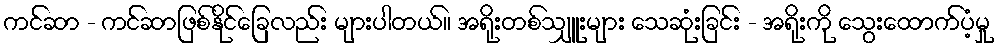
ကင်ဆာ - ကင်ဆာဖြစ်နိုင်ခြေလည်း များပါတယ်။ အရိုးတစ်သျှူးများ သေဆုံးခြင်း - အရိုးကို သွေးထောက်ပံ့မှု